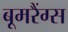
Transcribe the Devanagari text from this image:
बूमरैंग्स